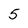
Character: 5